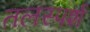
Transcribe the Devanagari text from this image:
तलस्पर्श